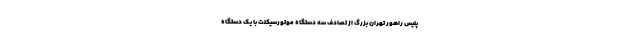
پلیس راهور تهران بزرگ از تصادف سه دستگاه موتورسیکلت با یک دستگاه